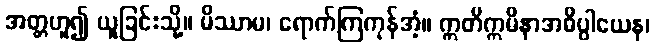
အတ္တဟူ၍ ယူခြင်းသို့။ မိဿာမ၊ ရောက်ကြကုန်အံ့။ ဣတိဣမိနာအဓိပ္ပါယေန၊